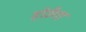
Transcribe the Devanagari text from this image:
होउँगा